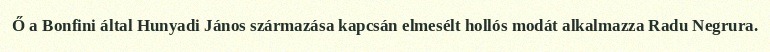
Ő a Bonfini által Hunyadi János származása kapcsán elmesélt hollós modát alkalmazza Radu Negrura.